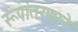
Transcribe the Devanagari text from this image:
रूपांतरणाने